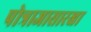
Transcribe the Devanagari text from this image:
पोत्राजासारखा